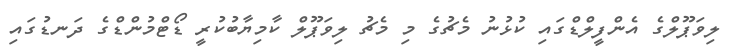
ލިވަޕޫލްގެ އެންފީލްޑްގައި ކުޅުނު މެޗުގެ މި މެޗު ލިވަޕޫލް ކާމިޔާބުކުރީ ޑޯޓްމުންޑްގެ ދަނޑުގައި